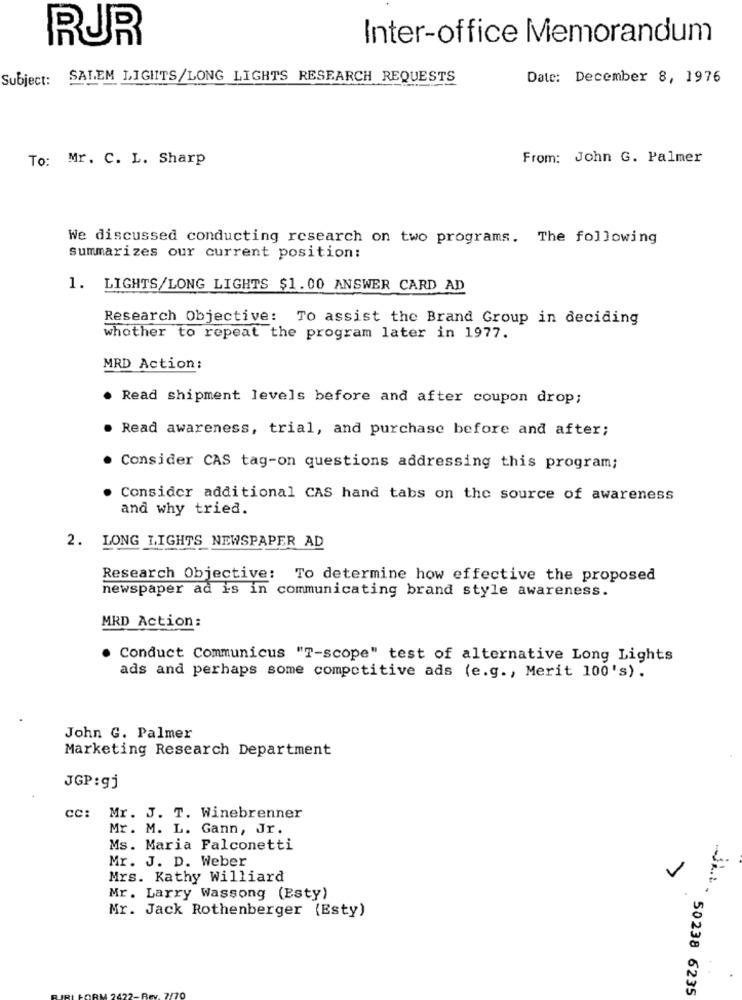
RUR
Inter-office Memorandum
Subject:
SALEM LIGIITS/LONG LIGHTS RESEARCH REQUESTS
Date: December 8, 1976
To: Mr. C. L. Sharp
From: John G. Palmer
We discussed conducting research on two programs. The following
summarizes our current position:
1. LIGHTS/LONG LIGHTS $1.00 ANSWER CARD AD
Research Objective: To assist the Brand Group in deciding
whother to repeat the program later in 1977.
MRD Action:
Read shipment levels before and after coupon drop;
Read awareness, trial, and purchase before and after;
Consider CAS tag-on questions addressing this program;
Consider additional CAS hand tabs on the source of awareness
and why tried.
2. LONG LIGHTS NEWSPAPER AD
Research Objective: To determine how effective the proposed
newspaper ad is in communicating brand style awareness.
MRD Action:
Conduct Communicus "T-scope" test of alternative Long Lights
ads and perhaps some competitive ads (e.g ., Merit 100's).
John G. Palmer
Marketing Research Department
JGP: gj
CC: Mr. J. T. Winebrenner
Mr. M. L. Gann, Jr.
Ms. Maria Falconetti
Mr. J. D. Weber
Mrs. Kathy Williard
Mr. Larry Wassong (Esty)
Mr. Jack Rothenberger (Esty)
50238 6235